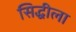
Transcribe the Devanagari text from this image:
सिद्धीला